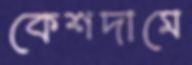
কেশদামে